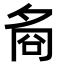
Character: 𡖛